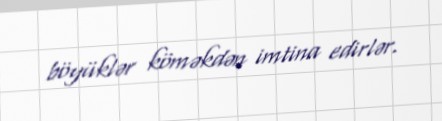
böyüklər köməkdən imtina edirlər.